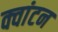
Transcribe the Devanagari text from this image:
क्वांटन